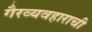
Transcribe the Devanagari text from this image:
गैरव्यवहाराची